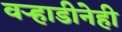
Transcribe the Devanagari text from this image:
वऱ्हाडीनेही